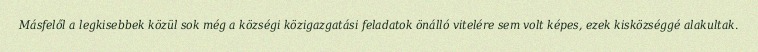
Másfelől a legkisebbek közül sok még a községi közigazgatási feladatok önálló vitelére sem volt képes, ezek kisközséggé alakultak.